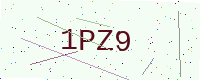
Text: 1PZ9